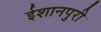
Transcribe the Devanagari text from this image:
ईशानपुरी